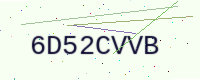
Text: 6D52CVVB